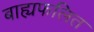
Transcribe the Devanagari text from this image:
बाह्यफलित